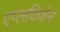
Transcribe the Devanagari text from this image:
एप्लकिशेन